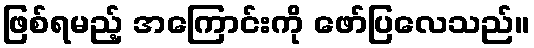
ဖြစ်ရမည့် အကြောင်းကို ဖော်ပြလေသည်။